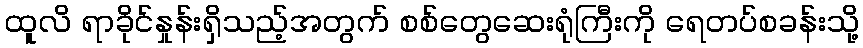
ထူလိ ရာခိုင်နှုန်းရှိသည့်အတွက် စစ်တွေဆေးရုံကြီးကို ရေတပ်စခန်းသို့